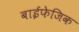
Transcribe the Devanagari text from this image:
बाईफेजिक